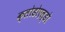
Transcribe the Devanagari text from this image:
क्लोडोएल्डो